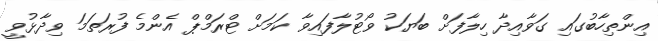
އިންތިހާބުގައި ގަވާއިދާ ހިލާފަށް ބަޔަކު ވޯޓުލާފައިވާ ކަމަށް ޓްރަމްޕް އެންމެ ފުރަތަމަ ވިދާޅުވީ